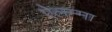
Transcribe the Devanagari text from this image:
ऐलम्मा